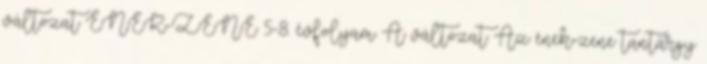
változat ÉNEK-ZENE 5-8. évfolyam A változat Az ének-zene tantárgy